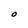
Character: O